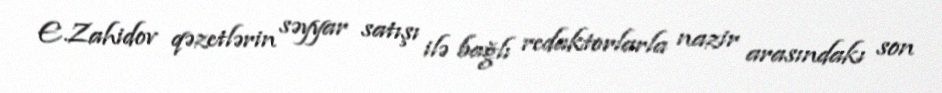
E.Zahidov qəzetlərin səyyar satışı ilə bağlı redaktorlarla nazir arasındakı son